Report on vaccination in the Province of Bengal - 1874-1889
Year: 1874
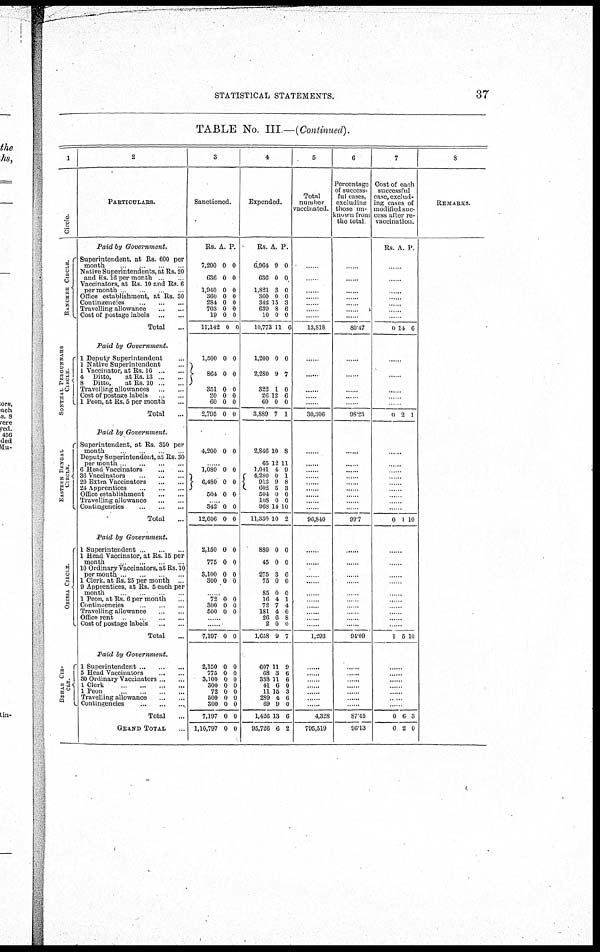
STATISTICAL STATEMENTS.
37
TABLE No. III.—(Continued).
1
Circle.
RANCHE E CI RCLE.
SONTHAL PERGUNNAHS
CIRCLE
EASTERN BENGAL
CIRCLE.
ORI SSA CI RCLE.
BEHAR CIR-
CLE.
2
PARTICULARS.
Paid by Government.
Superintendent, at Rs. 600 per
month
Native Superintendents, at Rs. 20
and Rs. 16 per month .
Vaccinators, at Rs. 10 and Rs 6
per month
Office establishment, at Rs. 30
... ..
... ..
Cost of postage labels
...
...
Total...
Paid by Government.
1 Deputy Superintendent .
1 Native Superintendent . .
1 Vaccinator, at Rs. 16 ... ...
4 Ditto,
at Rs. 13...
..
8 Ditto,
at Rs. 10 .. ..
Travelling allowances.. .
Cost of postage labels. .
1 Peon, at Rs. 5 per month...
Total...
Paid by Government.
Superintendent, at Rs. 350 per
month
Deputy Superintendent, at Rs. 30
per month .. .. ...
6 Head Vaccinators
...
...
36
Vaccinators...
...
20 Extra
Vaccinators...
...
24
Apprentices...
...
Office establishment
...
...
Travelling allowance... ...
Contingencies...
Total...
Paid by Government.
1 Superintendent .
1 Head Vaccinator, at Rs. 15 per
month
10 Ordinary Vaccinators, at Rs. 10
per month . .. ...
1 Clerk, at Rs. 25 per month
9 Apprentices, at Rs. 5 each per
month ..
1 Peon, at Rs. 6 per month......
Contingencies. ..
Travelling allowance ...
...
Office rent .
Cost of postage labels
Total...
Paid by Government.
1 Superintendent.. .. ...
5 Head Vaccinators .. ...
30 Ordinary Vaccinators.. ...
l Clerk ... ..
1 Peon ... ..
Travelling allowance
Contingencies... ...
Total..
GRAND TOTAL.
3
Sanctioned.
Rs.
7,200
636
1,940
360
284
703
19
11,142
1,500
864
351
20
60
2,795
A.
0
0
0
0
0
0
0
0
0
0
0
0
0
0
P.
0
0
0
0
0
0
0
0
0
0
0
0
0
0
4,200 0 0
.
1,080
6,480
504
0
0
0
0
0
0
342
12,606
2,150
775
3,100
300
0
0
0
0
0
0
0
0
0
0
0
0
..
72
300
500
0
0
0
0
0
0
......
..
7,197 0 0
2,150
775
3,100
300
72
500
300
7,197
1,10,797
0
0
0
0
0
0
0
0
0
0
0
0
0
0
0
0
0
0
4
Expended.
Rs.
6,964
636
1,821
360
342
639
10
10,773
1,200
2,280
322
26
60
3,889
A.
9
0
3
0
15
8
0
11
0
9
1
12
0
7
P.
0
0
0
0
3
6
0
6
0
7
0
6
0
1
2,846
65
1,041
4,280
913
602 504
108
968
11,330
880
45
275
75
85
16
72
181
26
2
1,658
10
12
4
0
9
5
0
0
14
10
0
0
3
0
0
4
7
4
6
0
9
8
11
9
1
8
3
0
0
10
2
0
0
6
0
0
1
4
0
8
0
7
607
68
338
41
11
289
69
1,426
95,726
11
3
11
6
15
4
9
13
6
9
6
6
0
3
6
0
6
2
5
Total
number
vaccinated.
......
......
......
......
......
......
......
13,818
......
......
...
...
......
30,306
.....
......
....
... .. ...
..... ...
......
......
96,840
......
......
......
......
......
. ....
...
....
......
..
1,293
......
......
......
......
......
............
......
4,328
795,519
6
Percentage
of success-
ful cases,
excluding
those un-
known from
the total
......
......
......
......
......
......
......
80.47
....
......
...
...
......
98.23
......
......
.....
......
......
.....
......
......
......
99.7
......
......
......
......
......
......
......
......
......
......
94.09
......
....
....
... .
......
......
......
87.45
96.13
7
Cost of each
successful
case, exclud-
ing cases of
modified suc-
cess alter re-
vaccination.
Rs. A. P.
....
......
......
......
......
......
......
0 14 6
....
......
...
...
...
0 2 1
......
.........
.....
......
......
......
......
.....
......
0 1 10
......
......
......
......
......
......
......
......
......
......
1 5 10
......
......
......
......
......
......
......
0
0
6
2
3
0
8
REMARKS.